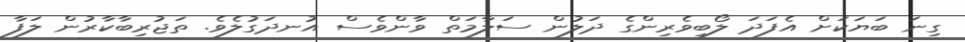
ގިނަ ބަޔަކަށް އެފަދަ ލޯބިވެރިންގެ ދަލުން ސަލާމަތް ވާންވެސް އުނދަގުލެވެ. ތަޖުރިބާކާރުން ލަފާ